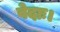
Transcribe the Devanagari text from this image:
वेदाः।